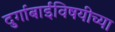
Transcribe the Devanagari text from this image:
दुर्गाबाईंविषयीच्या